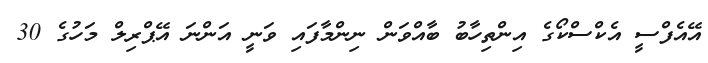
އޭއެފްސީ އެކްސްކޯގެ އިންތިހާބު ބާއްވަން ނިންމާފައި ވަނީ އަންނަ އޭޕްރިލް މަހުގެ 30